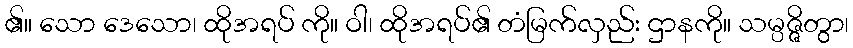
၏။ သော ဒေသော၊ ထိုအရပ် ကို။ ဝါ၊ ထိုအရပ်၏ တံမြက်လှည်း ဌာနကို။ သမ္ပဇ္ဇိတွာ၊